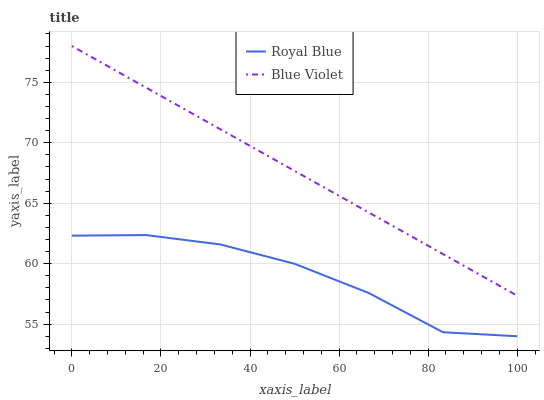
| xaxis_label | Royal Blue | Blue Violet |
 | --- | --- | --- |
 | 0 | 62.3 | 78 |
 | 16.7 | 62.4 | 74.6 |
 | 33.3 | 61.6 | 71.1 |
 | 50 | 60 | 67.7 |
 | 66.7 | 57.6 | 64.2 |
 | 83.3 | 54.3 | 60.8 |
 | 100 | 54 | 57.4 |